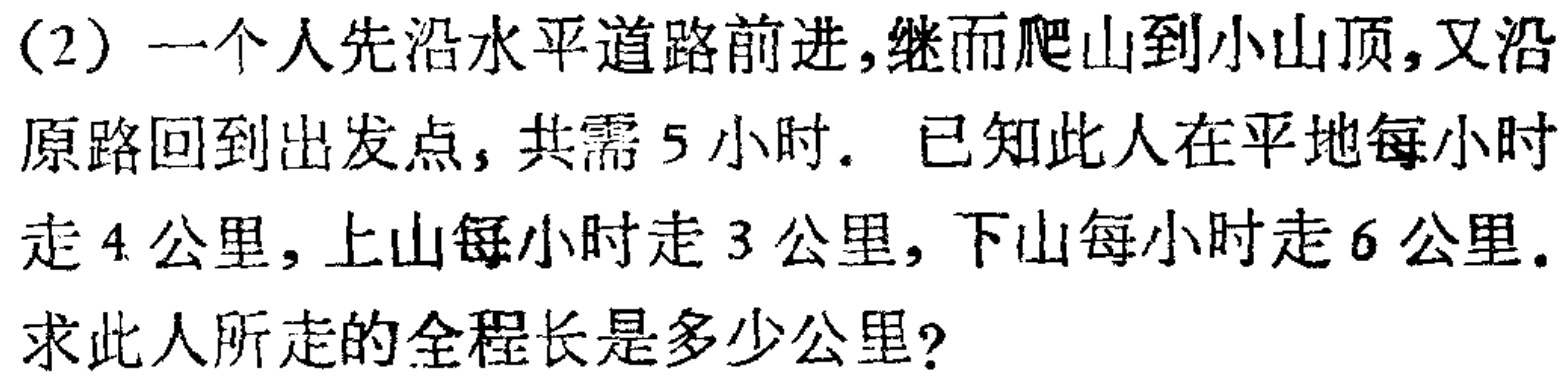
(2) 一个人先沿水平道路前进,继而爬山到小山顶,又沿
原路回到出发点,共需 5 小时. 已知此人在平地每小时
走 4 公里, 上山每小时走 3 公里, 下山每小时走 6 公里.
求此人所走的全程长是多少公里?